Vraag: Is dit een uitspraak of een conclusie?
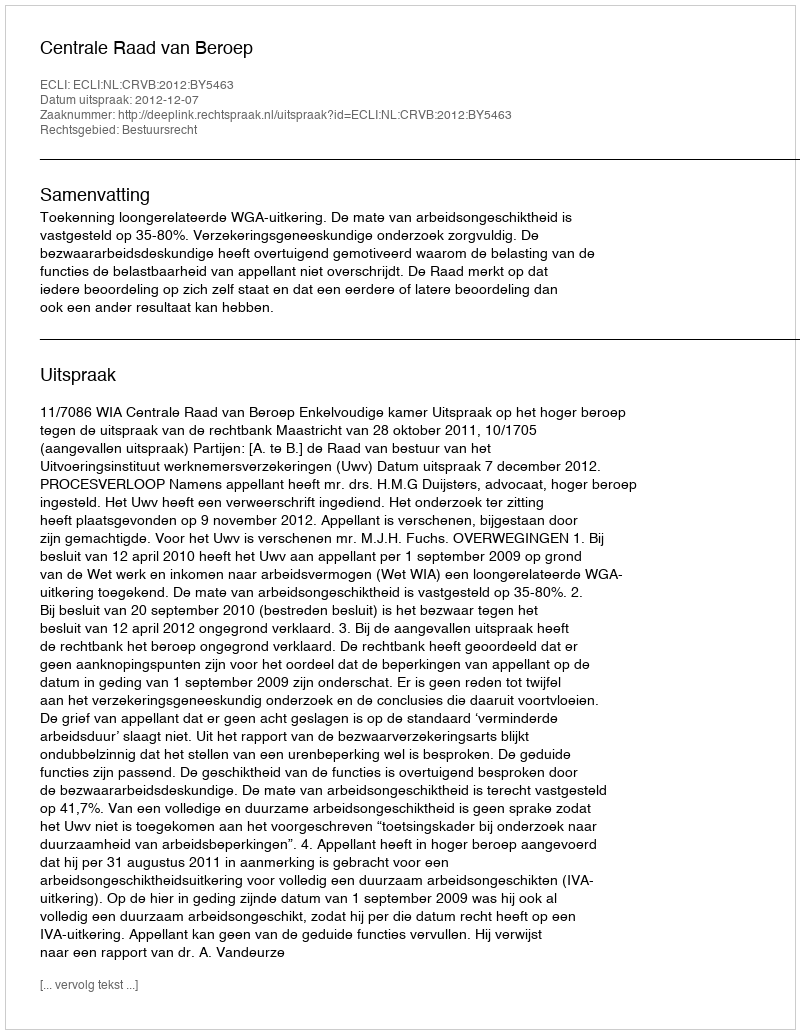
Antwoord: Uitspraak